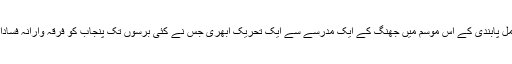
سیاست اور میڈیا پر مکمل پابندی کے اس موسم میں جھنگ کے ایک مدرسے سے ایک تحریک ابھری جس نے کئی برسوں تک پنجاب کو فرقہ وارانہ فسادات کا نشانہ بنائے رکھا۔